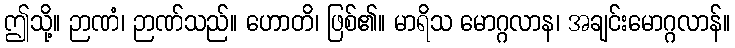
ဤသို့။ ဉာဏံ၊ ဉာဏ်သည်။ ဟောတိ၊ ဖြစ်၏။ မာရိသ မောဂ္ဂလာန၊ အချင်းမောဂ္ဂလာန်။